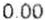
0.00